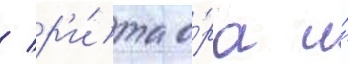
/ р'и́та о́ра и́